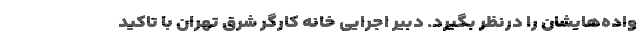
واده‌هایشان را درنظر بگیرد. دبیر اجرایی خانه کارگر شرق تهران با تاکید